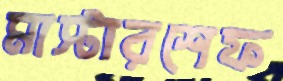
মাস্টারশেফ